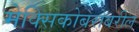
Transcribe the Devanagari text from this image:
मेक्सिकोबरोबरील